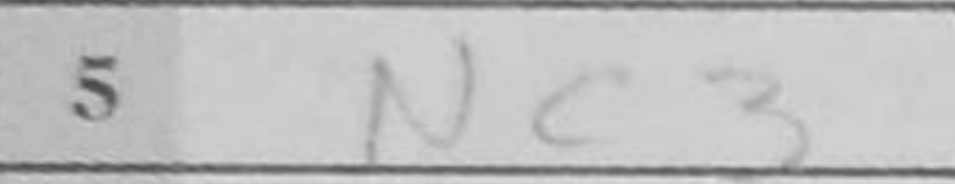
Transcription: Nc3